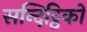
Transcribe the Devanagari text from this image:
सन्दिट्ठिको